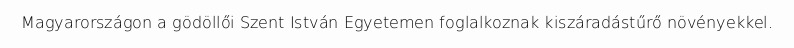
Magyarországon a gödöllői Szent István Egyetemen foglalkoznak kiszáradástűrő növényekkel.